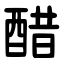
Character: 醋